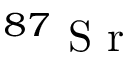
^ { 8 7 } \mathrm { ~ S ~ r ~ }